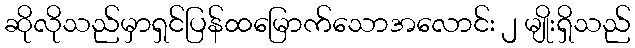
ဆိုလိုသည်မှာရှင်ပြန်ထမြောက်သောအလောင်း ၂ မျိုးရှိသည်